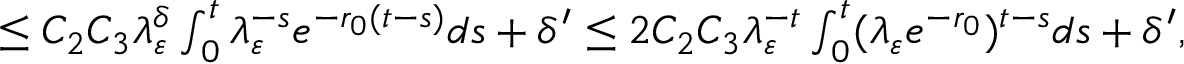
\begin{array} { r } { \le C _ { 2 } C _ { 3 } \lambda _ { \varepsilon } ^ { \delta } \int _ { 0 } ^ { t } \lambda _ { \varepsilon } ^ { - s } e ^ { - r _ { 0 } ( t - s ) } d s + \delta ^ { \prime } \le 2 C _ { 2 } C _ { 3 } \lambda _ { \varepsilon } ^ { - t } \int _ { 0 } ^ { t } ( \lambda _ { \varepsilon } e ^ { - r _ { 0 } } ) ^ { t - s } d s + \delta ^ { \prime } , } \end{array}